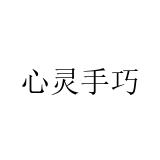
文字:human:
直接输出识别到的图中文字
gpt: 心灵手巧